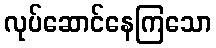
လုပ်ဆောင်နေကြသော